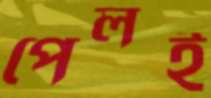
পেলই